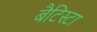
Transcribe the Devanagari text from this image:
बैटिस्टा